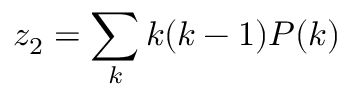
z _ { 2 } = \sum _ { k } k ( k - 1 ) P ( k )